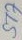
Text: ST7